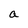
Character: a